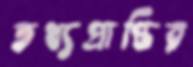
তথ্যপ্রাপ্তির